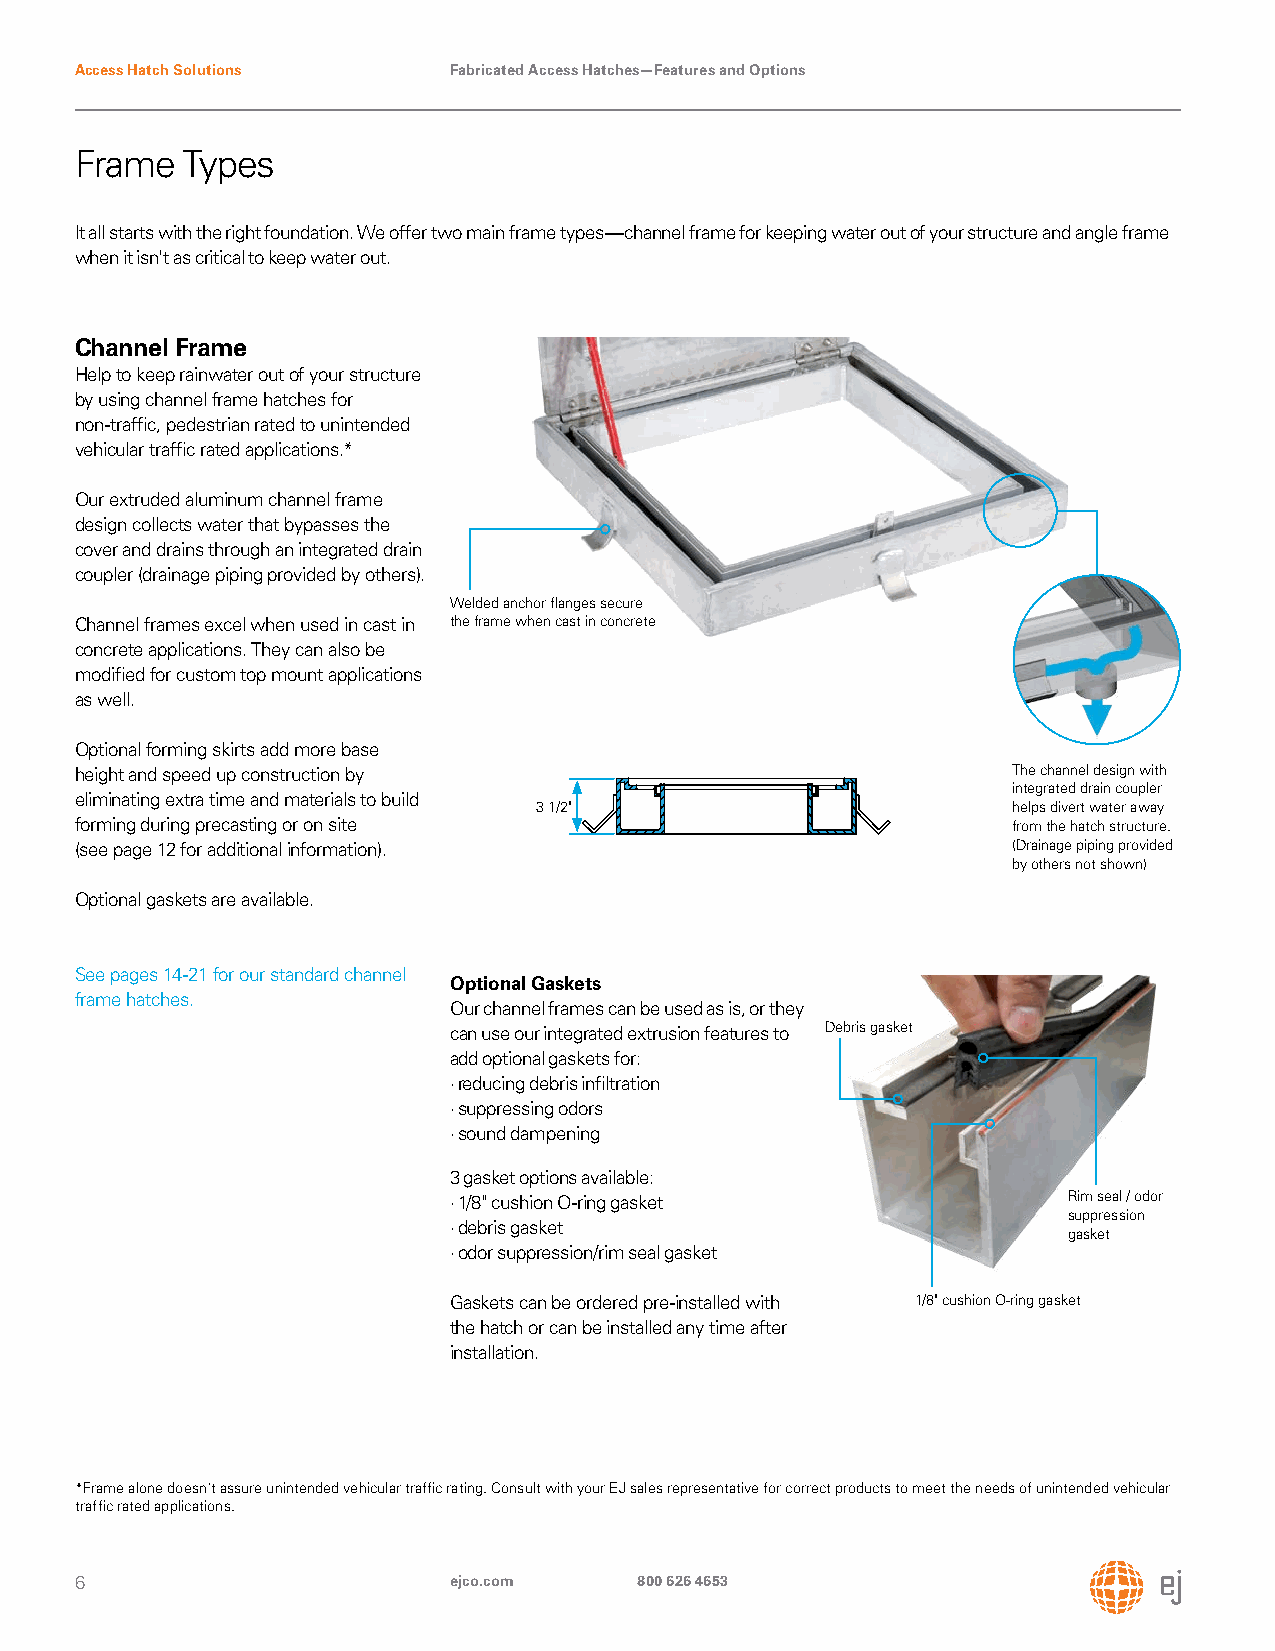
Access Hatch Solutions   Fabricated Access Hatches—Features and Options
 Frame  Types
 It all starts with the right foundation. We offer two main frame types—channel frame for keeping water out of your structure and angle frame
 when it isn't as critical to keep water out.
 Channel Frame
 Help to keep rainwater out of your structure
 by using channel frame hatches for
 non-traffic, pedestrian rated to unintended
 vehicular traffic rated applications.*
 Our extruded aluminum channel frame
 design collects water that bypasses the
 cover and drains through an integrated drain
 coupler (drainage piping provided by others).
 Welded anchor flanges secure
 Channel frames excel when used in cast in the frame when cast in concrete
 concrete applications. They can also be
 modified for custom top mount applications
 as well.
 Optional forming skirts add more base
 height and speed up construction by                           The channel design with
 integrated drain coupler
 eliminating extra time and materials to build
 3 1/2"                         helps divert water away
 forming during precasting or on site                          from the hatch structure.
 (see page 12 for additional information).                     (Drainage piping provided
 by others not shown)
 Optional gaskets are available.
 See pages 14-21 for our standard channel
 Optional Gaskets
 frame hatches.
 Our channel frames can be used as is, or they
 can use our integrated extrusion features to Debris gasket
 add optional gaskets for:
 · reducing debris infiltration
 · suppressing odors
 · sound dampening
 3 gasket options available:
 · 1/8" cushion O-ring gasket             Rim seal / odor
 suppression
 · debris gasket
 gasket
 · odor suppression/rim seal gasket
 Gaskets can be ordered pre-installed with 1/8" cushion O-ring gasket
 the hatch or can be installed any time after
 installation.
 *Frame alone doesn't assure unintended vehicular traffic rating. Consult with your EJ sales representative for correct products to meet the needs of unintended vehicular
 traffic rated applications.
 6                        ejco.com    800 626 4653